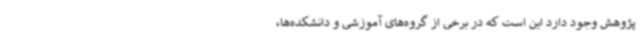
پژوهش وجود دارد این است که در برخی از گروه‌های آموزشی و دانشکده‌ها،